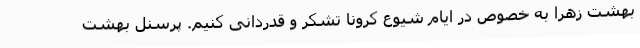
بهشت زهرا به خصوص در ایام شیوع کرونا تشکر و قدردانی کنیم. پرسنل بهشت